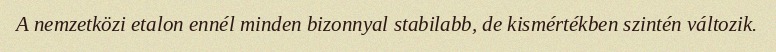
A nemzetközi etalon ennél minden bizonnyal stabilabb, de kismértékben szintén változik.